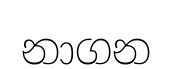
නාගන